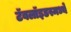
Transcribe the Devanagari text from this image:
टॅबलॉइडस्मध्ये